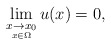
\begin{align*} \lim_{\underset{x\in\Omega}{x\to x_0}} u(x) =0, \end{align*}